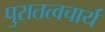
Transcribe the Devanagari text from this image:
पुरातत्वचार्य